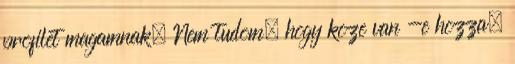
profilet magamnak. Nem tudom, hogy koze van -e hozza,